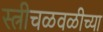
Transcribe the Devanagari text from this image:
स्त्रीचळवळीच्या